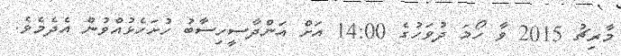
މާރިޗު 2015 ވާ ހޯމަ ދުވަހުގެ 14:00 އަށް އަންދާސީހިސާބު ހުށަހެޅުއްވުން އެދެމެވެ.